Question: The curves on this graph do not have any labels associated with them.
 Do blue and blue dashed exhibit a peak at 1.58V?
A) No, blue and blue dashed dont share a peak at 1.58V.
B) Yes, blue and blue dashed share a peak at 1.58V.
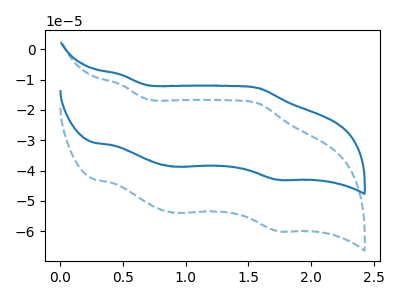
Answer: <think>The blue dashed curve "blue dashed" has anodic peaks at (0.50V, -11.60uA) (1.60V, -17.90uA) and cathodic peaks at (0.90V, -53.90uA) (1.75V, -59.90uA). The blue curve "blue" has anodic peaks at (0.50V, -8.30uA) (1.60V, -12.85uA) and cathodic peaks at (0.90V, -38.70uA) (1.75V, -43.00uA).</think>
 <answer>B) Yes, "blue" and "blue dashed" share a peak at 1.58V.</answer>
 <eval>B</eval>